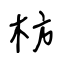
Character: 枋